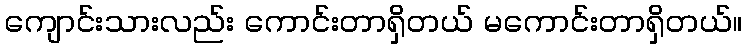
ကျောင်းသားလည်း ကောင်းတာရှိတယ် မကောင်းတာရှိတယ်။